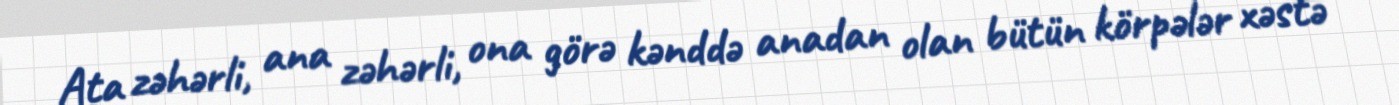
Ata zəhərli, ana zəhərli, ona görə kənddə anadan olan bütün körpələr xəstə